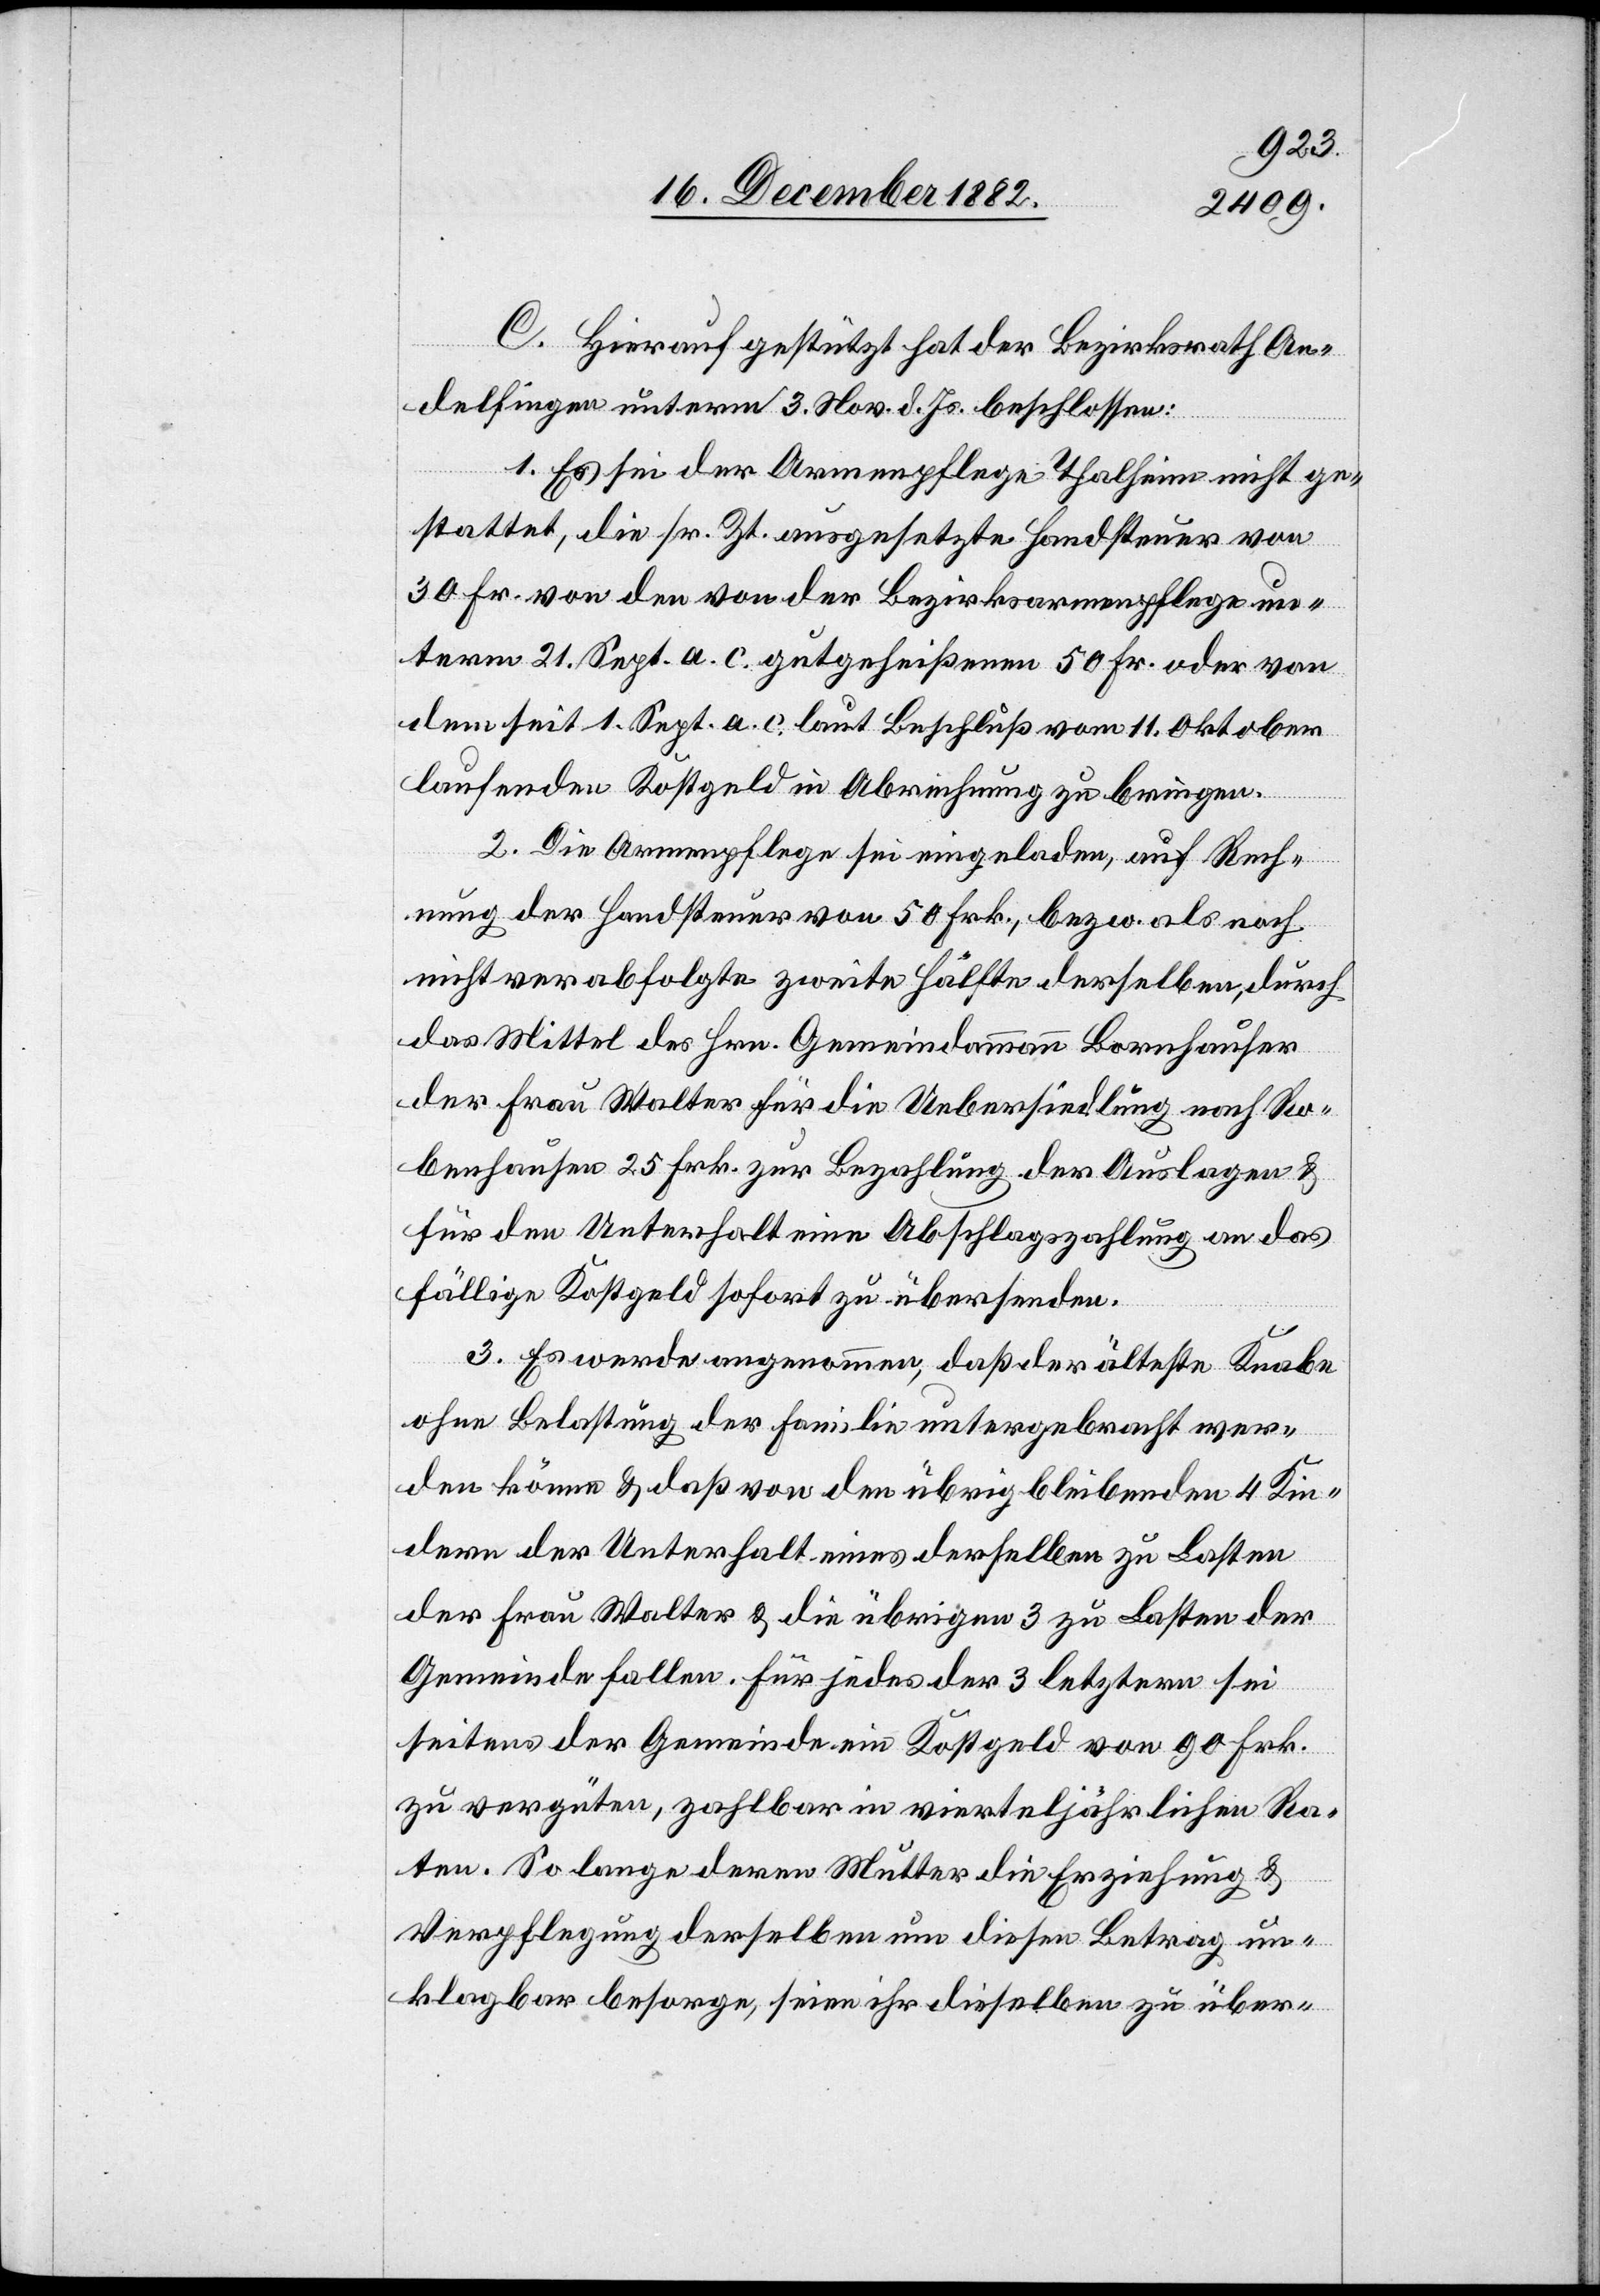
C. Hierauf gestützt hat der Bezirksrath An¬
delfingen unterm 3. Nov. d. Js. beschlossen:
1. Es sei der Armenpflege Thalheim nicht ge¬
stattet, die sr. Zt. ausgesetzte Handsteuer von
30 Fr. von den von der Bezirksarmenpflege un¬
term 21. Sept. a. c. gutgeheißenen 50 Fr. oder von
dem seit 1. Sept. a. c. laut Beschluß vom 11. Oktober
laufenden Kostgeld in Abrechnung zu bringen.
2. Die Armenpflege sei eingeladen, auf Rech¬
nung der Handsteuer von 50 Frk., bezw. als noch
nicht verabfolgte zweite Hälfte derselben, durch
das Mittel des Hrn. Gemeindammann Bornhauser
der Frau Walter für die Uebersiedlung nach Ro¬
benhausen 25 Frk. zur Bezahlung der Auslagen &
für den Unterhalt eine Abschlagszahlung an das
fällige Kostgeld sofort zu übersenden.
3. Es werde angenommen, daß der älteste Knabe
ohne Belastung der Familie untergebracht wer¬
den könne & daß von den übrig bleibenden 4 Kin¬
dern der Unterhalt eines derselben zu Lasten
der Frau Walter & die übrigen 3 zu Lasten der
Gemeinde fallen. Für jedes der 3 letztern sei
seitens der Gemeinde ein Kostgeld von 90 Frk.
zu vergüten, zahlbar in vierteljährlichen Ra¬
ten. So lange deren Mutter die Erziehung &
Verpflegung derselben um diesen Betrag un¬
klagbar besorge, seien ihr dieselben zu über-